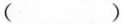
( )